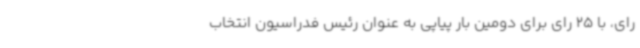
رای، با 25 رای برای دومین بار پیاپی به عنوان رئیس فدراسیون انتخاب